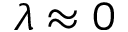
\lambda \approx 0